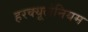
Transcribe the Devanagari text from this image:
हरक्यूलेनियम